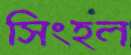
সিংহল